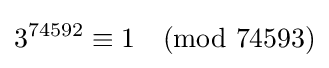
3^{74592}\equiv 1{\pmod {74593}}